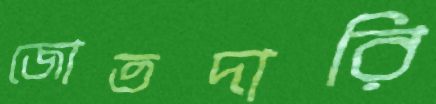
জোতদারি